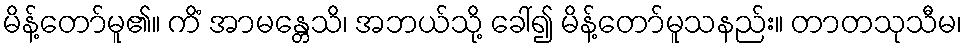
မိန့်တော်မူ၏။ ကိံ အာမန္တေသိ၊ အဘယ်သို့ ခေါ်၍ မိန့်တော်မူသနည်း။ တာတသုသီမ၊